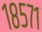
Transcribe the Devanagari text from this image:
१८५७१